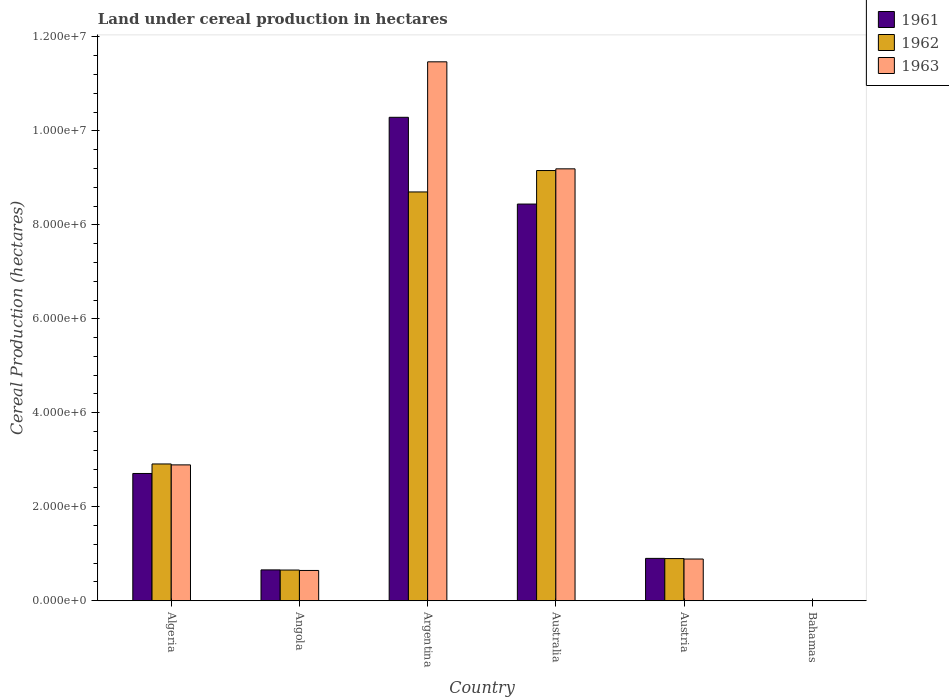
| Country | 1961 | 1962 | 1963 |
 | --- | --- | --- | --- |
 | Algeria | 2.71e+06 | 2.91e+06 | 2.89e+06 |
 | Angola | 6.57e+05 | 6.54e+05 | 6.45e+05 |
 | Argentina | 1.03e+07 | 8.7e+06 | 1.15e+07 |
 | Australia | 8.44e+06 | 9.15e+06 | 9.19e+06 |
 | Austria | 9.02e+05 | 8.98e+05 | 8.88e+05 |
 | Bahamas | 150 | 180 | 240 |